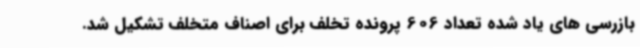
بازرسی های یاد شده تعداد 606 پرونده تخلف برای اصناف متخلف تشکیل شد.